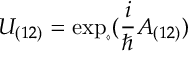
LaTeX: U _ { ( 1 2 ) } = \exp _ { \diamond } ( \frac { i } { \hbar } A _ { ( 1 2 ) } )